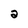
Character: a